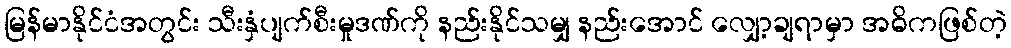
မြန်မာနိုင်ငံအတွင်း သီးနှံပျက်စီးမှုဒဏ်ကို နည်းနိုင်သမျှ နည်းအောင် လျှော့ချရာမှာ အဓိကဖြစ်တဲ့